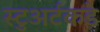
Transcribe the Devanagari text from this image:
स्टुअर्टकडे